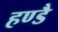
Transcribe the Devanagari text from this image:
हण्डै